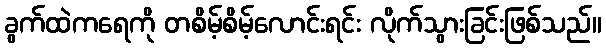
ခွက်ထဲကရေကို တစိမ့်စိမ့်လောင်းရင်း လိုက်သွားခြင်းဖြစ်သည်။